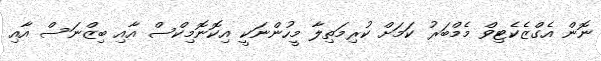
ނޮން އެގްޒެކެޓިވް މެމްބަރު ކަމަށް ކުރިމަތިލާ މީހުންނަކީ އިކޮނޮމިކްސް އާއި ބިޒްނަސް އާއި